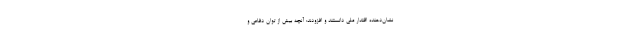
نشان‌دهنده اقتدار ملی دانستند و افزودند: آنچه بیش از توان دفاعی و